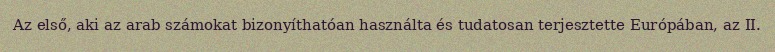
Az első, aki az arab számokat bizonyíthatóan használta és tudatosan terjesztette Európában, az II.